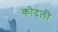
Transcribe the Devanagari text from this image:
कोदली